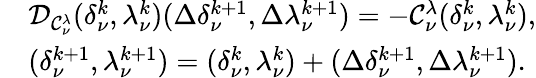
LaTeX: \begin{array}{rl}&{{\cal D}_{{\cal C}_{\nu}^{\lambda}}(\delta_{\nu}^{k},\lambda_{\nu}^{k})(\Delta\delta_{\nu}^{k+1},\Delta\lambda_{\nu}^{k+1})=-{\cal C}_{\nu}^{\lambda}(\delta_{\nu}^{k},\lambda_{\nu}^{k}),}\\ &{(\delta_{\nu}^{k+1},\lambda_{\nu}^{k+1})=(\delta_{\nu}^{k},\lambda_{\nu}^{k})+(\Delta\delta_{\nu}^{k+1},\Delta\lambda_{\nu}^{k+1}).}\end{array}